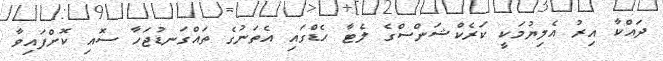
ދައްކާ އިރު އެލިޔުމަކީ ކަރެކްޝަންސްގެ ލެޓާ ހެޑްގައި އެތަނުގެ ތައްގަނޑުޖަހާ ސޮއި ކޮށްފައިވާ